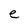
Character: e